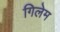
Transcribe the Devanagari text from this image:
गिलेम